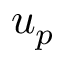
u _ { p }